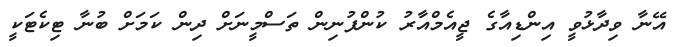
އޭނާ ވިދާޅުވީ އިންޑިއާގެ ޖީއެމްއާރު ކުންފުނިން ތަސްމީނަށް ދިން ކަމަށް ބުނާ ޓިކެޓަކީ